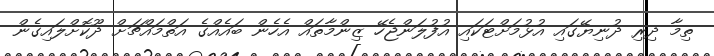
ތިމާ ދިރި ދުނިޔޭގައި އުޅުމަށްޓަކައި އުފުލަންޖެހޭ ޒިންމާތައް އެހެން ބައެއްގެ އަތްމައްޗަށް ދޫކޮށްލައިގެން